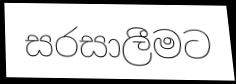
සරසාලීමට